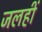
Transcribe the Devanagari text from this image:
जलहीं